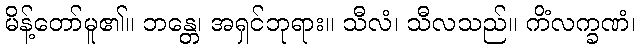
မိန့်တော်မူ၏။ ဘန္တေ၊ အရှင်ဘုရား။ သီလံ၊ သီလသည်။ ကိံလက္ခဏံ၊